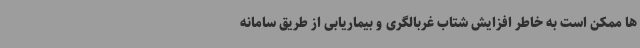
ها ممکن است به خاطر افزایش شتاب غربالگری و بیماریابی از طریق سامانه